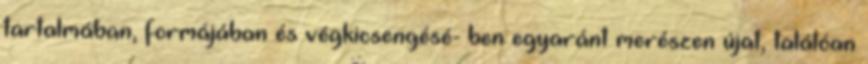
tartalmában, formájában és végkicsengésé- ben egyaránt merészen újat, találóan